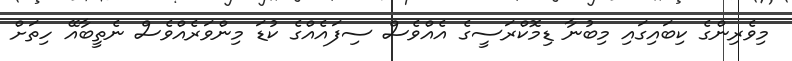
މިވެރިންގެ ކިބައިގައި މިބުނާ ޑިމޮކްރަސީގެ އެއްވެސް ސިފައެއްގެ ކުޑަ މިންވަރެއްވެސް ނެތީބާއޭ ހިތަށް